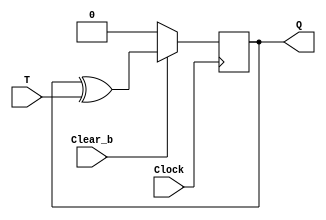
module T_FF(Clock, T, Clear_b, Q);
    input T, Clock, Clear_b;
    output reg Q;

    always @(posedge Clock)
    begin
        if (Clear_b == 1'b0)
            Q <= 0;
        else
            Q <= Q^T;
    end
endmodule


module part1(Clock, Enable, Clear_b, CounterValue);
    input Clock, Enable, Clear_b;
    output reg [7:0] CounterValue;
    wire T1, T2, T3, T4, T5, T6, T7;
    wire q1, q2, q3, q4, q5, q6, q7, q8;

    // instantiate TFF 8 times and add in the adder logic between each instance

    T_FF U0(.Clock(Clock), .T(Enable), .Clear_b(Clear_b), .Q(q1));
    assign T1 = q1 & Enable;
    T_FF U1(.Clock(Clock), .T(T1), .Clear_b(Clear_b), .Q(q2));
    assign T2 = q2 & T1;
    T_FF U2(.Clock(Clock), .T(T2), .Clear_b(Clear_b), .Q(q3));
    assign T3 = q3 & T2;
    T_FF U3(.Clock(Clock), .T(T3), .Clear_b(Clear_b), .Q(q4));
    assign T4 = q4 & T3;
    T_FF U4(.Clock(Clock), .T(T4), .Clear_b(Clear_b), .Q(q5));
    assign T5 = q5 & T4;
    T_FF U5(.Clock(Clock), .T(T5), .Clear_b(Clear_b), .Q(q6));
    assign T6 = q6 & T5;
    T_FF U6(.Clock(Clock), .T(T6), .Clear_b(Clear_b), .Q(q7));
    assign T7 = q7 & T6;
    T_FF U7(.Clock(Clock), .T(T7), .Clear_b(Clear_b), .Q(q8));

    // assign all values at once to the output reg
    always @(*)
    begin
        CounterValue[0] <= q1;
        CounterValue[1] <= q2;
        CounterValue[2] <= q3;
        CounterValue[3] <= q4;
        CounterValue[4] <= q5;
        CounterValue[5] <= q6;
        CounterValue[6] <= q7;
        CounterValue[7] <= q8;
    end

endmodule